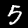
Label: 5